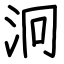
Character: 泂